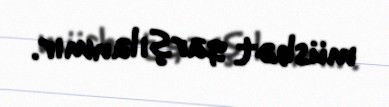
müsbət qarşılanmır.